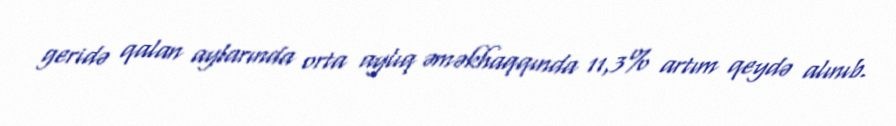
geridə qalan aylarında orta aylıq əməkhaqqında 11,3% artım qeydə alınıb.